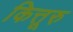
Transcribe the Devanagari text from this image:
कित्तूरु